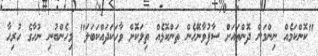
"ކޮންކަމެއް ނިންމަން ދޮންތައަށް ސާފުވާނޭހެން ތަންކޮޅެއް ތިލަކޮށް ވާހަކަދައްކަބަލަ" މިހެންބުނި ނުހާގެ ހުރިހާ